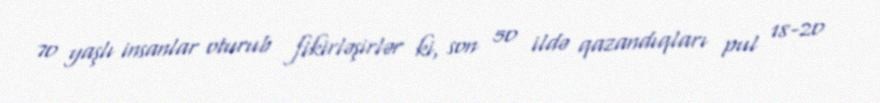
70 yaşlı insanlar oturub fikirləşirlər ki, son 50 ildə qazandıqları pul 18-20